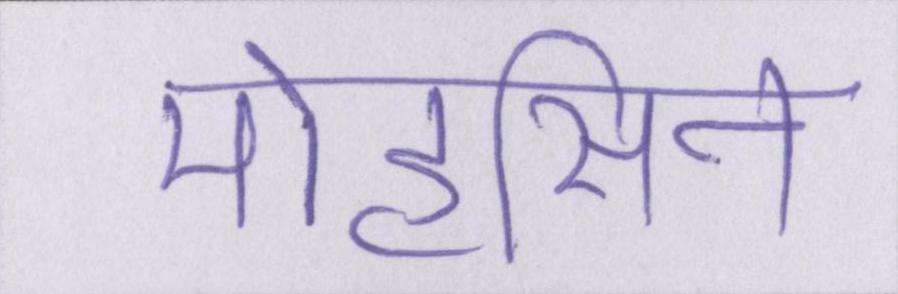
मोहसिन